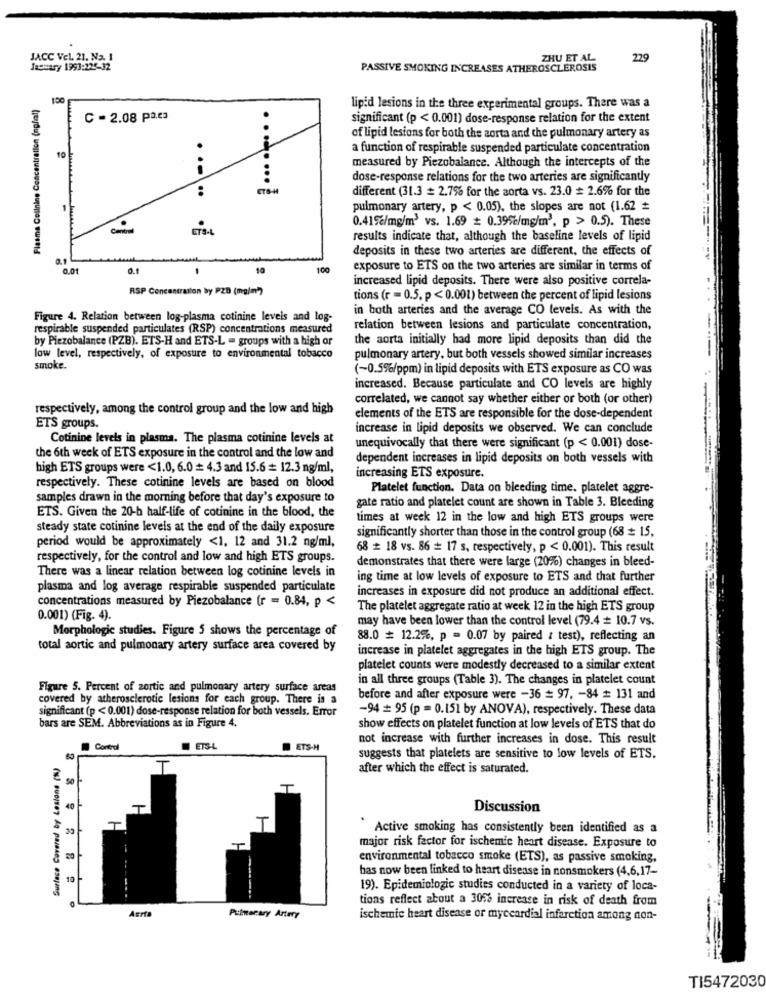
JACC Vel. 21. Na. 1
ZHU ET AL
229
January 1993:225-32
PASSIVE SMOKING INCREASES ATHEROSCLEROSIS
Flesma Collnine Concentration (ng/ml)
100
lipid lesions in the three experimental groups. There was a
C - 2.08 pa.ca
significant (p < 0.001) dose-response relation for the extent
of lipid lesions for both the aorta and the pulmonary artery as
10
a function of respirable suspended particulate concentration
.....
measured by Piezobalance. Although the intercepts of the
...
....
dose-response relations for the two arteries are significantly
:
different (31.3 = 2.7% for the aorta vs. 23.0 # 2.6% for the
1
pulmonary artery, p < 0.05), the slopes are not (1.62 +
0.415c/mg/m3 vs. 1.69 # 0.39%/mg/m', p > 0.5). These
results indicate that, although the baseline levels of lipid
deposits in these two arteries are different, the effects of
0.01
0.1
1
10
100
exposure to ETS on the two arteries are similar in terms of
increased lipid deposits. There were also positive correla-
RSP Concentration by PZD (mg/m)
tions (r = 0.5. p < 0.001) between the percent of lipid lesions
in both arteries and the average CO levels. As with the
Figure 4. Relation between log-plasma cotinine levels and log-
respirable suspended particulates (RSP) concentrations measured
relation between lesions and particulate concentration,
by Piezobalance (PZB). ETS-H and ETS-L = groups with a high or
the aorta initially had more lipid deposits than did the
low level, respectively, of exposure to environmental tobacco
pulmonary artery, but both vessels showed similar increases
smoke.
(~0.5%/ppm) in lipid deposits with ETS exposure as CO was
increased. Because particulate and CO levels are highly
correlated, we cannot say whether either or both (or other)
respectively, among the control group and the low and high
elements of the ETS are responsible for the dose-dependent
ETS groups.
increase in lipid deposits we observed. We can conclude
Cotinine levels in plasma. The plasma cotinine levels at
unequivocally that there were significant (p < 0.001) dose-
the 6th week of ETS exposure in the control and the low and
dependent increases in lipid deposits on both vessels with
high ETS groups were <1.0, 6.0 = 4.3 and 15.6 = 12.3 ng/ml,
respectively. These cotinine levels are based on blood
increasing ETS exposure.
Platelet function. Data on bleeding time. platelet aggre-
samples drawn in the morning before that day's exposure to
gate ratio and platelet count are shown in Table 3. Bleeding
ETS. Given the 20-h half-life of cotinine in the blood, the
times at week 12 in the low and high ETS groups were
steady state cotinine levels at the end of the daily exposure
significantly shorter than those in the control group (68 = 15,
period would be approximately <1, 12 and 31.2 ng/ml,
68 # 18 vs. 86 = 17 s, respectively, p < 0.001). This result
respectively, for the control and low and high ETS groups.
demonstrates that there were large (20%) changes in bleed-
There was a linear relation between log cotinine levels in
ing time at low levels of exposure to ETS and that further
plasma and log average respirable suspended particulate
increases in exposure did not produce an additional effect.
concentrations measured by Piezobalance (r = 0.84, p <
The platelet aggregate ratio at week 12 in the high ETS group
0.001) (Fig. 4).
may have been lower than the control level (79.4 = 10.7 vs.
Morphologic studies. Figure 5 shows the percentage of
88.0 = 12.2%, p = 0.07 by paired & test), reflecting an
total aortic and pulmonary artery surface area covered by
increase in platelet aggregates in the high ETS group. The
platelet counts were modestly decreased to a similar extent
in all three groups (Table 3). The changes in platelet count
Figure 5. Percent of zortic and pulmonary artery surface areas
covered by atherosclerotic lesions for each group. There is a
before and after exposure were -36 = 97, - 84 = 131 and
significant (p < 0.001) dose-response relation for both vessels. Error
-94 # 95 (p = 0.151 by ANOVA), respectively. These data
bars are SEM. Abbreviations as in Figure 4.
show effects on platelet function at low levels of ETS that do
not increase with further increases in dose. This result
Control
ETS-
ETS-H
Surface Covered by Lesione (%)
suggests that platelets are sensitive to low levels of ETS.
after which the effect is saturated.
50
4.0
Discussion
T
` Active smoking has consistently been identified as a
major risk factor for ischemic heart disease. Exposure to
20
environmental tobacco smoke (ETS), as passive smoking,
has now been linked to heart disease in nonsmokers (4,6,17-
10
19). Epidemiologic studies conducted in a variety of loca-
tions reflect about a 30% increase in risk of death from
Aerta
Pulmonary Artery
ischemic heart disease or myccardial infarction among con-
TI5472030